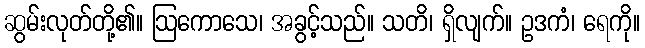
ဆွမ်းလုတ်တို့၏။ ဩကောသေ၊ အခွင့်သည်။ သတိ၊ ရှိလျက်။ ဥဒကံ၊ ရေကို။